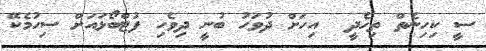
ސީ ކިހިނެތް ތިހެދީ  އިހަށް ދުވަހު ބުނީ ދިވެހި ފުޓްބޯޅައަށް ސިހުމެކޭ